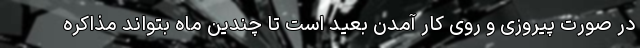
در صورت پیروزی و روی کار آمدن بعید است تا چندین ماه بتواند مذاکره